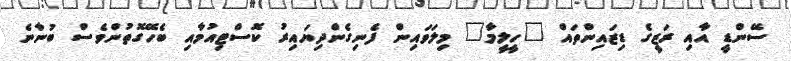
ސޭންޑީ އާއި ރަޒީގެ ޑިޒައިންތައް "ހީލީމާ" މިލަވައިން ފެނިގެންދިޔައިރު ކޮސްޓިއުމާއި ބެހޭގޮތުންވެސް ބުނާނެ